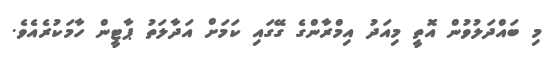
މި ބައްދަލުވުން އޮތީ މިއަދު އިމްރާންގެ ގޭގައި ކަމަށް އަދާލަތު ޕާޓީން ހާމަކުރެއެވެ.